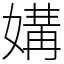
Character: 媾